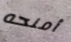
أمنحه